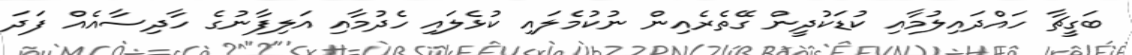
ބަގީޗާ ހައްދައިލުމާއި ކުޑަކުދީން ގޭތެރެއިން ނުކުމެލައި ކުޅެލައި ހެދުމާއި އަލިފާނުގެ ހާދިސާއެއް ފަދަ